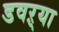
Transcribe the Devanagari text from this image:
डवऱ्या